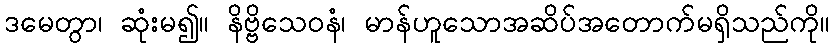
ဒမေတွာ၊ ဆုံးမ၍။ နိဗ္ဗိသေဝနံ၊ မာန်ဟူသောအဆိပ်အတောက်မရှိသည်ကို။